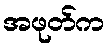
အဖုတ်က